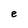
Character: e